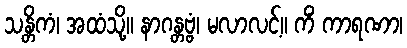
သန္တိကံ၊ အထံသို့။ နာဂန္တဗ္ဗံ၊ မလာလင့်။ ကိံ ကာရဏာ၊